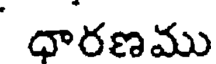
ధారణము